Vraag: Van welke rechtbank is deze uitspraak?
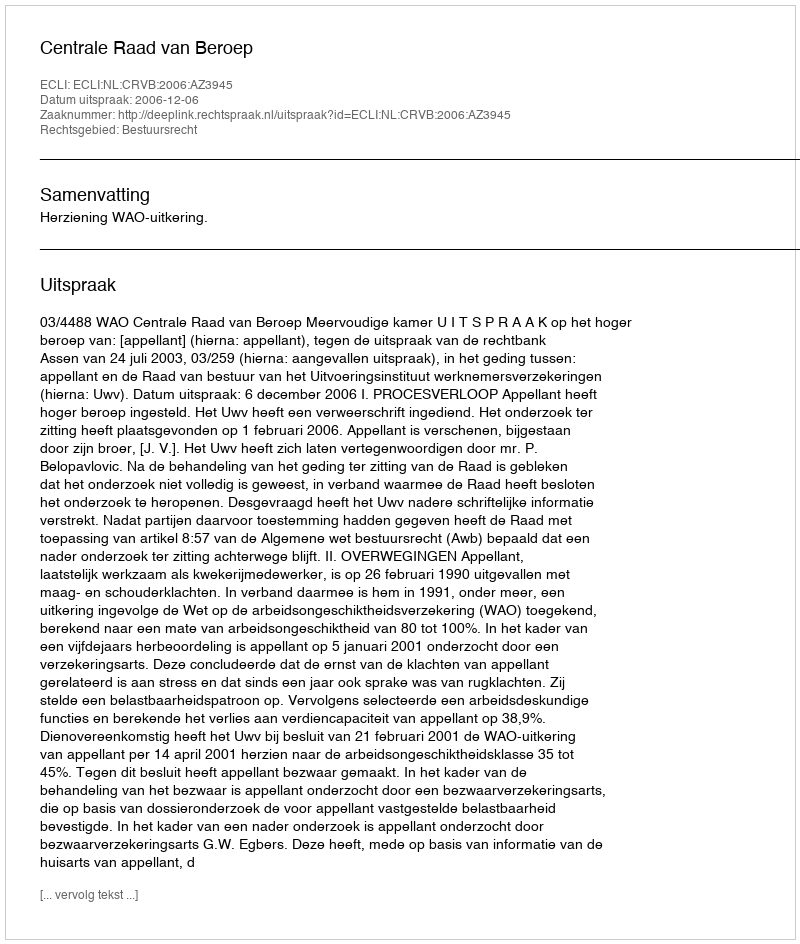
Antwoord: Centrale Raad van Beroep